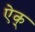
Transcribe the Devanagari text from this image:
ऐक्